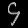
Digit: ၄